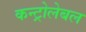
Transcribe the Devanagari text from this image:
कन्ट्रोलेबल